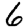
Digit: 6